Senior Leaving Certificate Examination (including Day School Certificate (Higher) General paper), 1948
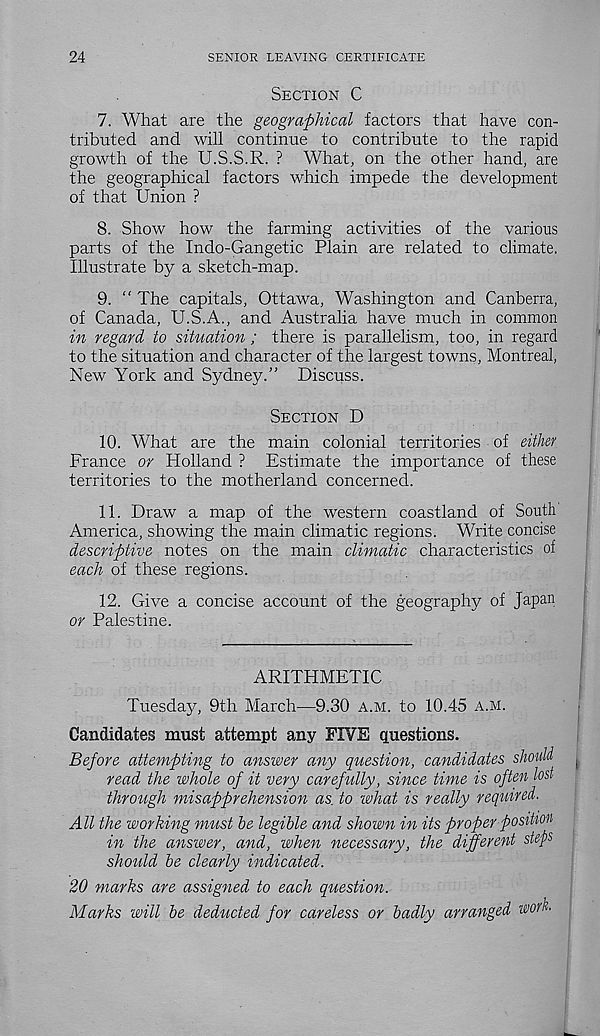
24
SENIOR LEAVING CERTIFICATE
SECTION C
7. What are the geographical factors that have con-
tributed and will continue to contribute to the rapid
growth of the U.S.S.R. ? What, on the other hand, are
the geographical factors which impede the development
of that Union ?
8. Show how the farming activities of the various
parts of the Indo-Gangetic Plain are related to climate.
Illustrate by a sketch-map.
9. “ The capitals, Ottawa, Washington and Canberra,
of Canada, U.S.A., and Australia have much in common
in regard to situation ; there is parallelism, too, in regard
to the situation and character of the largest towns, Montreal,
New York and Sydney.” Discuss.
SECTION D
10. What are the main colonial territories of either
France or Holland ? Estimate the importance of these
territories to the motherland concerned.
11. Draw a map of the western coastland of South
America, showing the main climatic regions. Write concise
descriptive notes on the main climatic characteristics of
each of these regions.
12. Give a concise account of the geography of Japan
or Palestine.
ARITHMETIC
Tuesday, 9th March—9.30 A.M. to 10.45 A.M.
Candidates must attempt any FIVE questions.
Before attempting to answer any question, candidates should i
read the whole of it very carefully, since time is often lost
through misapprehension as. to what is really required.
All the working must he legible and shown in its proper position
in the answer, and, when necessary, the different steps
should he clearly indicated.
20 marks are assigned to each question.
Marks will be deducted for careless or badly arranged work.